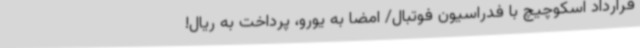
قرارداد اسکوچیچ با فدراسیون فوتبال/ امضا به یورو، پرداخت به ریال!